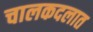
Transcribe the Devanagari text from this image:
चालकदलात